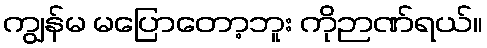
ကျွန်မ မပြောတော့ဘူး ကိုဉာဏ်ရယ်။